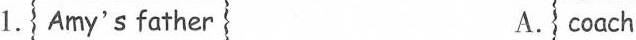
1. Amy's father A. coach